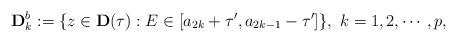
LaTeX: \begin{align*} \mathbf{D}_{k}^b:= \{ z \in \mathbf{D}(\tau): E \in [a_{2k}+\tau^{\prime}, a_{2k-1}-\tau^{\prime}] \}, \ k=1,2, \cdots, p,\end{align*}